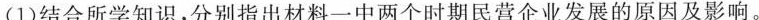
(1)结合所学知识，分别指出材料一中两个时期民营企业发展的原因及影响。